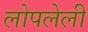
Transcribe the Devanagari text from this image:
लोपलेली